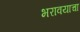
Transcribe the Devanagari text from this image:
भरावयाचा